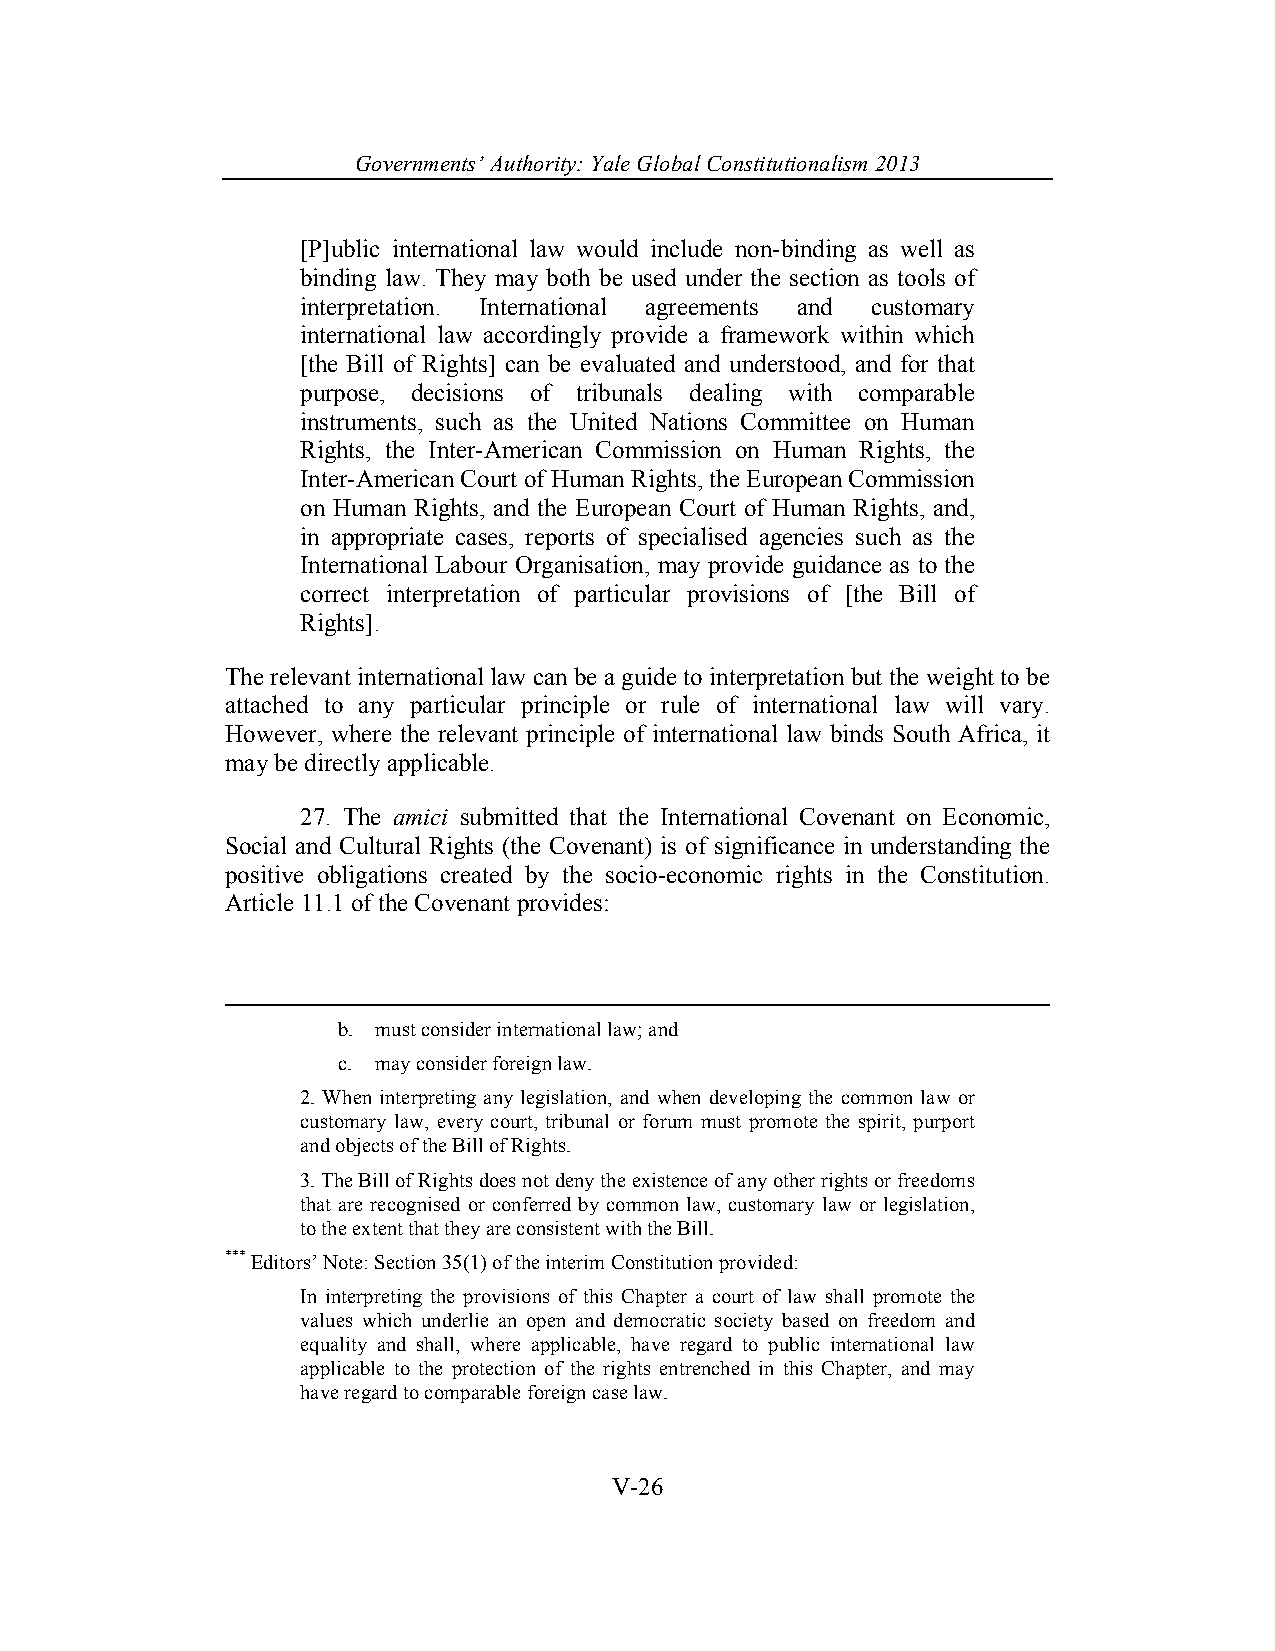
Governments’ Authority: Yale Global Constitutionalism 2013
 [P]ublic international law would include non-binding as well as
 binding law. They may both be used under the section as tools of
 interpretation. International agreements and customary
 international law accordingly provide a framework within which
 [the Bill of Rights] can be evaluated and understood, and for that
 purpose, decisions of tribunals dealing with comparable
 instruments, such as the United Nations Committee on Human
 Rights, the Inter-American Commission on Human Rights, the
 Inter-American Court of Human Rights, the European Commission
 on Human Rights, and the European Court of Human Rights, and,
 in appropriate cases, reports of specialised agencies such as the
 International Labour Organisation, may provide guidance as to the
 correct interpretation of particular provisions of [the Bill of
 Rights].
 The relevant international law can be a guide to interpretation but the weight to be
 attached to any particular principle or rule of international law will vary.
 However, where the relevant principle of international law binds South Africa, it
 may be directly applicable.
 27. The amici submitted that the International Covenant on Economic,
 Social and Cultural Rights (the Covenant) is of significance in understanding the
 positive obligations created by the socio-economic rights in the Constitution.
 Article 11.1 of the Covenant provides:
 b. must consider international law; and
 c. may consider foreign law.
 2. When interpreting any legislation, and when developing the common law or
 customary law, every court, tribunal or forum must promote the spirit, purport
 and objects of the Bill of Rights.
 3. The Bill of Rights does not deny the existence of any other rights or freedoms
 that are recognised or conferred by common law, customary law or legislation,
 to the extent that they are consistent with the Bill.
 *** Editors’ Note: Section 35(1) of the interim Constitution provided:
 In interpreting the provisions of this Chapter a court of law shall promote the
 values which underlie an open and democratic society based on freedom and
 equality and shall, where applicable, have regard to public international law
 applicable to the protection of the rights entrenched in this Chapter, and may
 have regard to comparable foreign case law.
 V-26